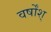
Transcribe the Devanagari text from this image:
वर्षोंश्